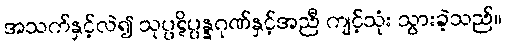
အသက်နှင့်လဲ၍ သုပ္ပဋိပ္ပန္နဂုဏ်နှင့်အညီ ကျင့်သုံး သွားခဲ့သည်။